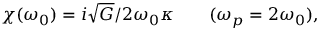
\chi ( \omega _ { 0 } ) = i \sqrt { G } / 2 \omega _ { 0 } \kappa \qquad ( \omega _ { p } = 2 \omega _ { 0 } ) ,